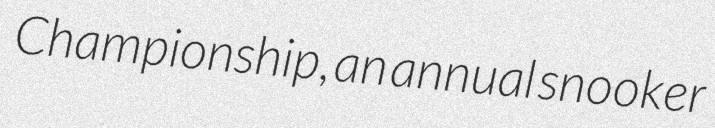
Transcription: Championship, an annual snooker